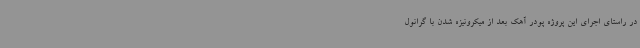
در راستای اجرای این پروژه پودر آهک بعد از میکرونیزه شدن با گرانول